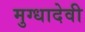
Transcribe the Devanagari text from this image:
मुग्धादेवी